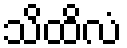
သိထိလံ